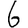
Digit: 6